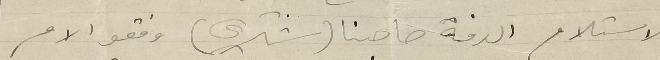
لاستلام الذمة صاحبنا (شكري) وفقو الامر